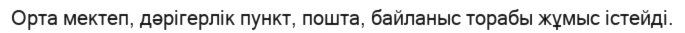
Орта мектеп, дәрігерлік пункт, пошта, байланыс торабы жұмыс істейді.